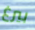
بيرغ